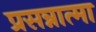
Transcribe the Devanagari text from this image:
प्रसन्नात्मा